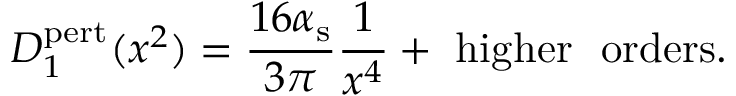
D _ { 1 } ^ { \mathrm { p e r t } } ( x ^ { 2 } ) = { \frac { 1 6 \alpha _ { \mathrm { s } } } { 3 \pi } } { \frac { 1 } { x ^ { 4 } } } + ~ \mathrm { h i g h e r ~ ~ o r d e r s } .